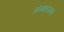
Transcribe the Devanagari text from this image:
संस्कारजन्य